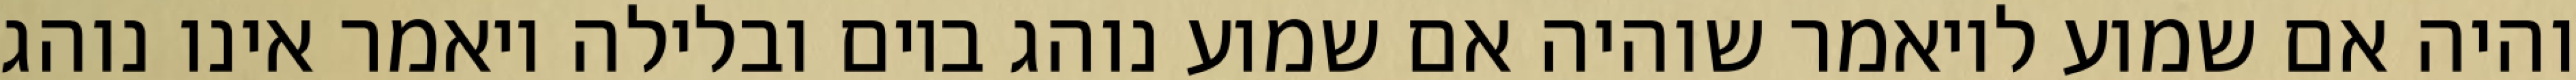
והיה אם שמוע לויאמר שוהיה אם שמוע נוהג ביום ובלילה ויאמר אינו נוהג